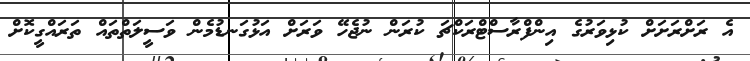
އެ ރަށްރަށަށް ކުޅިވަރުގެ އިންފްރާސްޓްރަކްޗަ ކުރަން ނުޖެހޭ ވަރަށް އަޅުގަނޑުމެން ވަސީލަތްތައް ތަރައްގީކޮށް